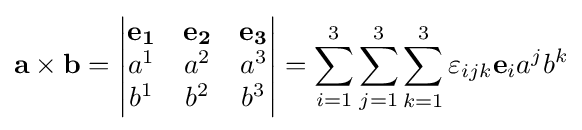
\mathbf {a\times b} ={\begin{vmatrix}\mathbf {e_{1}} &\mathbf {e_{2}} &\mathbf {e_{3}} \\a^{1}&a^{2}&a^{3}\\b^{1}&b^{2}&b^{3}\\\end{vmatrix}}=\sum _{i=1}^{3}\sum _{j=1}^{3}\sum _{k=1}^{3}\varepsilon _{ijk}\mathbf {e} _{i}a^{j}b^{k}